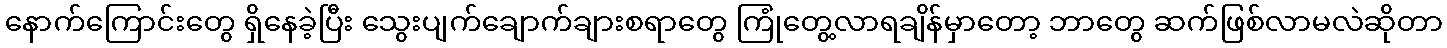
နောက်ကြောင်းတွေ ရှိနေခဲ့ပြီး သွေးပျက်ချောက်ချားစရာတွေ ကြုံတွေ့လာရချိန်မှာတော့ ဘာတွေ ဆက်ဖြစ်လာမလဲဆိုတာ